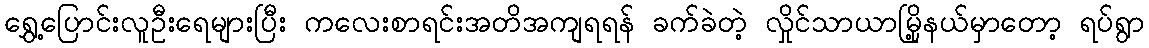
ရွှေ့ပြောင်းလူဦးရေများပြီး ကလေးစာရင်းအတိအကျရရန် ခက်ခဲတဲ့ လှိုင်သာယာမြို့နယ်မှာတော့ ရပ်ရွာ